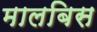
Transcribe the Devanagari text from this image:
मालबिस